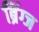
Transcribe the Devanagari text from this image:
ब्रिंग्ज